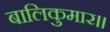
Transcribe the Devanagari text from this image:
बालिकुमार।।